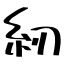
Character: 紉